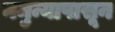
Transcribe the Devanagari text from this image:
नमुन्यापासून